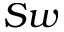
S w